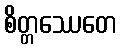
စိတ္တဿေတေ